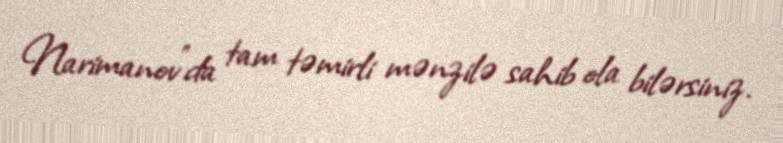
Narimanov”da tam təmirli mənzilə sahib ola bilərsiniz.